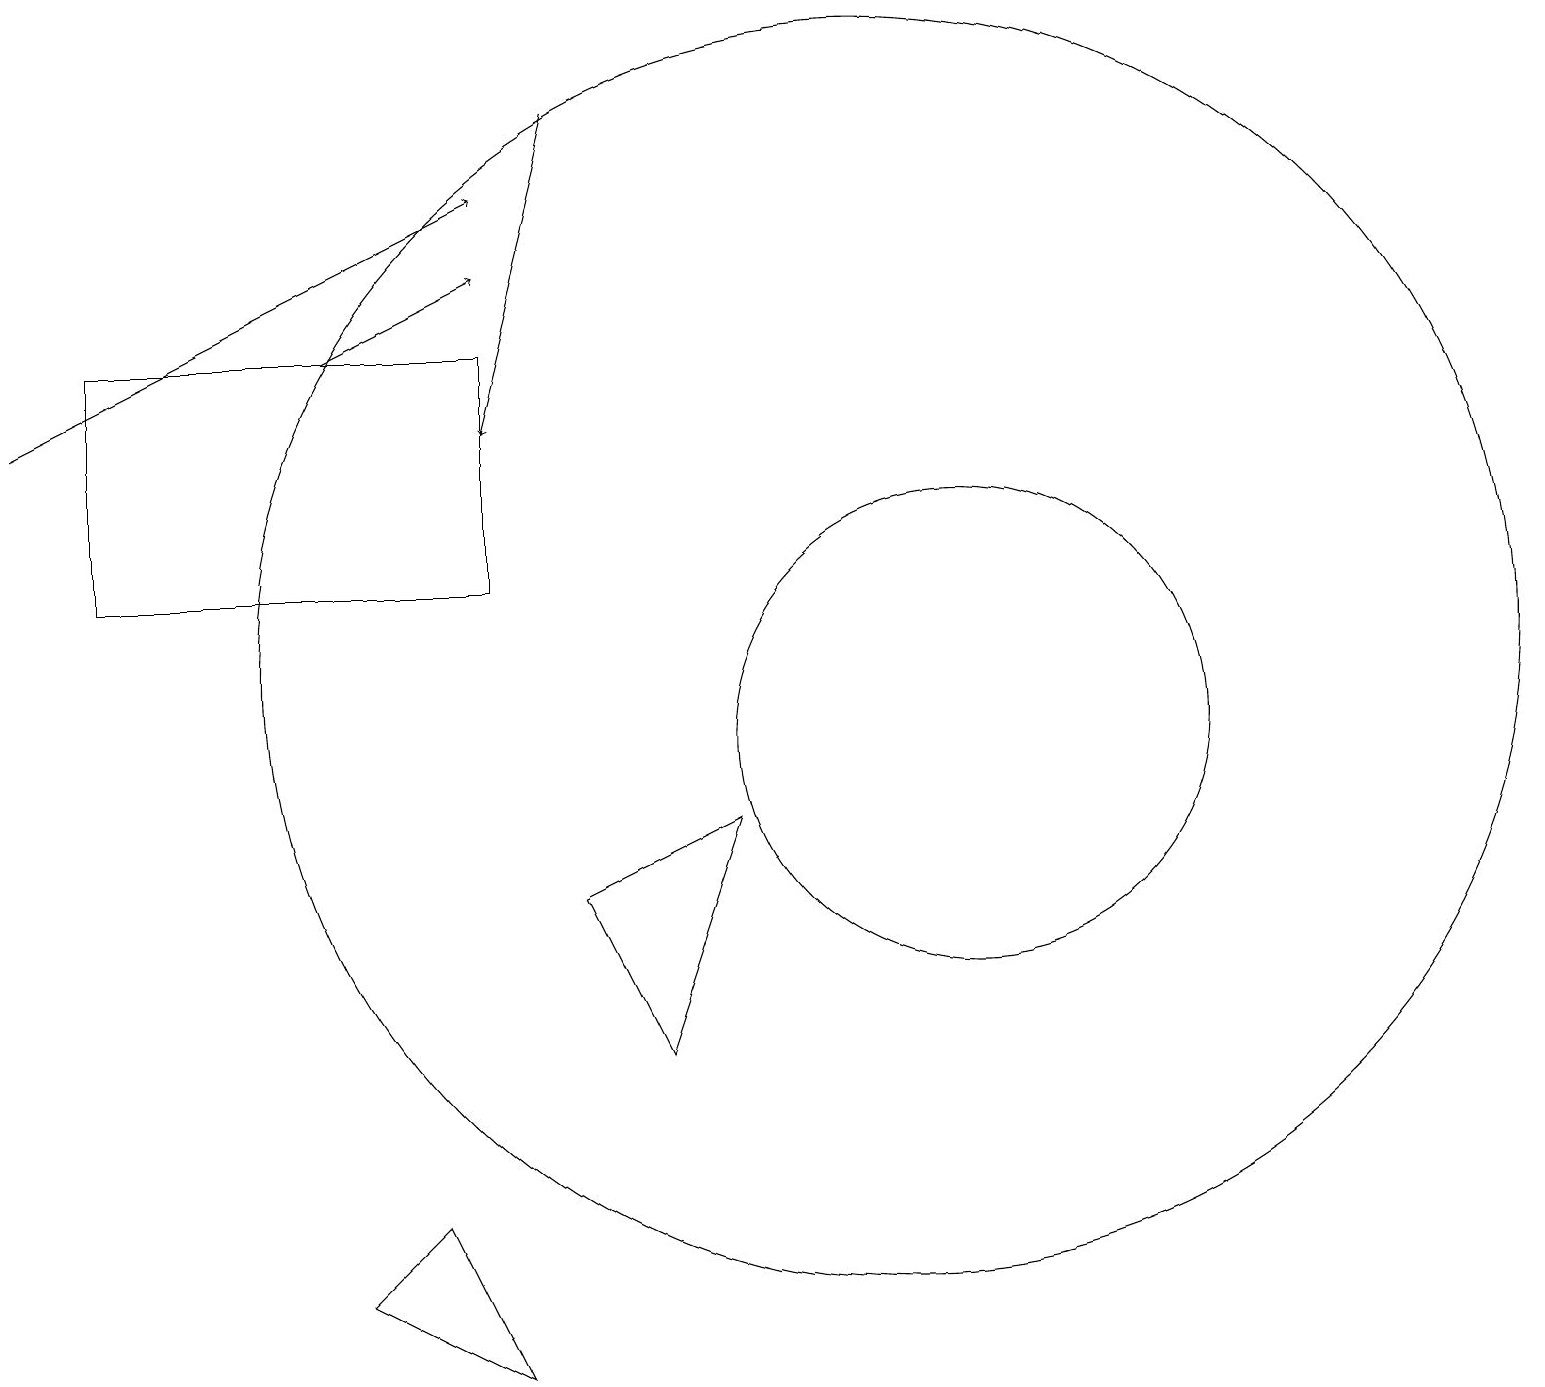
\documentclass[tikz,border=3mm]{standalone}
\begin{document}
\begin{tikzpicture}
\draw (6,15) rectangle (1,12);
\draw (12,10) circle (3);
\draw (11,11) circle (8);
\draw (4,3) -- (6,2) -- (5,4) -- cycle;
\draw[->] (0,14) -- (6,17);
\draw[->] (4,15) -- (6,16);
\draw[->] (7,18) -- (6,14);
\draw (9,9) -- (8,6) -- (7,8) -- cycle;
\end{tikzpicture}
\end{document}